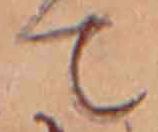
て